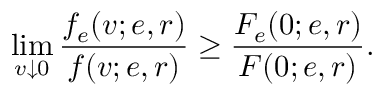
\operatorname* { l i m } _ { v \downarrow 0 } \frac { f _ { e } ( v ; e , r ) } { f ( v ; e , r ) } \geq \frac { F _ { e } ( 0 ; e , r ) } { F ( 0 ; e , r ) } .